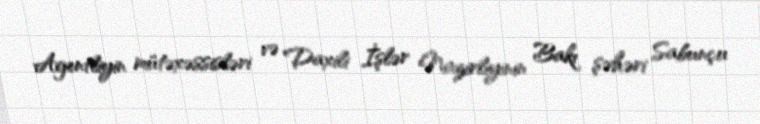
Agentliyin mütəxəssisləri və Daxili İşlər Nazirliyinin Bakı şəhəri Sabunçu